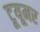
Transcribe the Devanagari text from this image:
टूयूमर